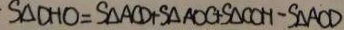
S _ { \Delta } D H O = S _ { \Delta } A C D + S _ { \Delta } A O C + S _ { \Delta } C O H - S _ { \Delta } A O D